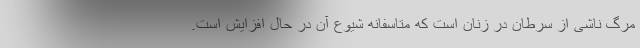
مرگ ناشی از سرطان در زنان است که متاسفانه شیوع آن در حال افزایش است.